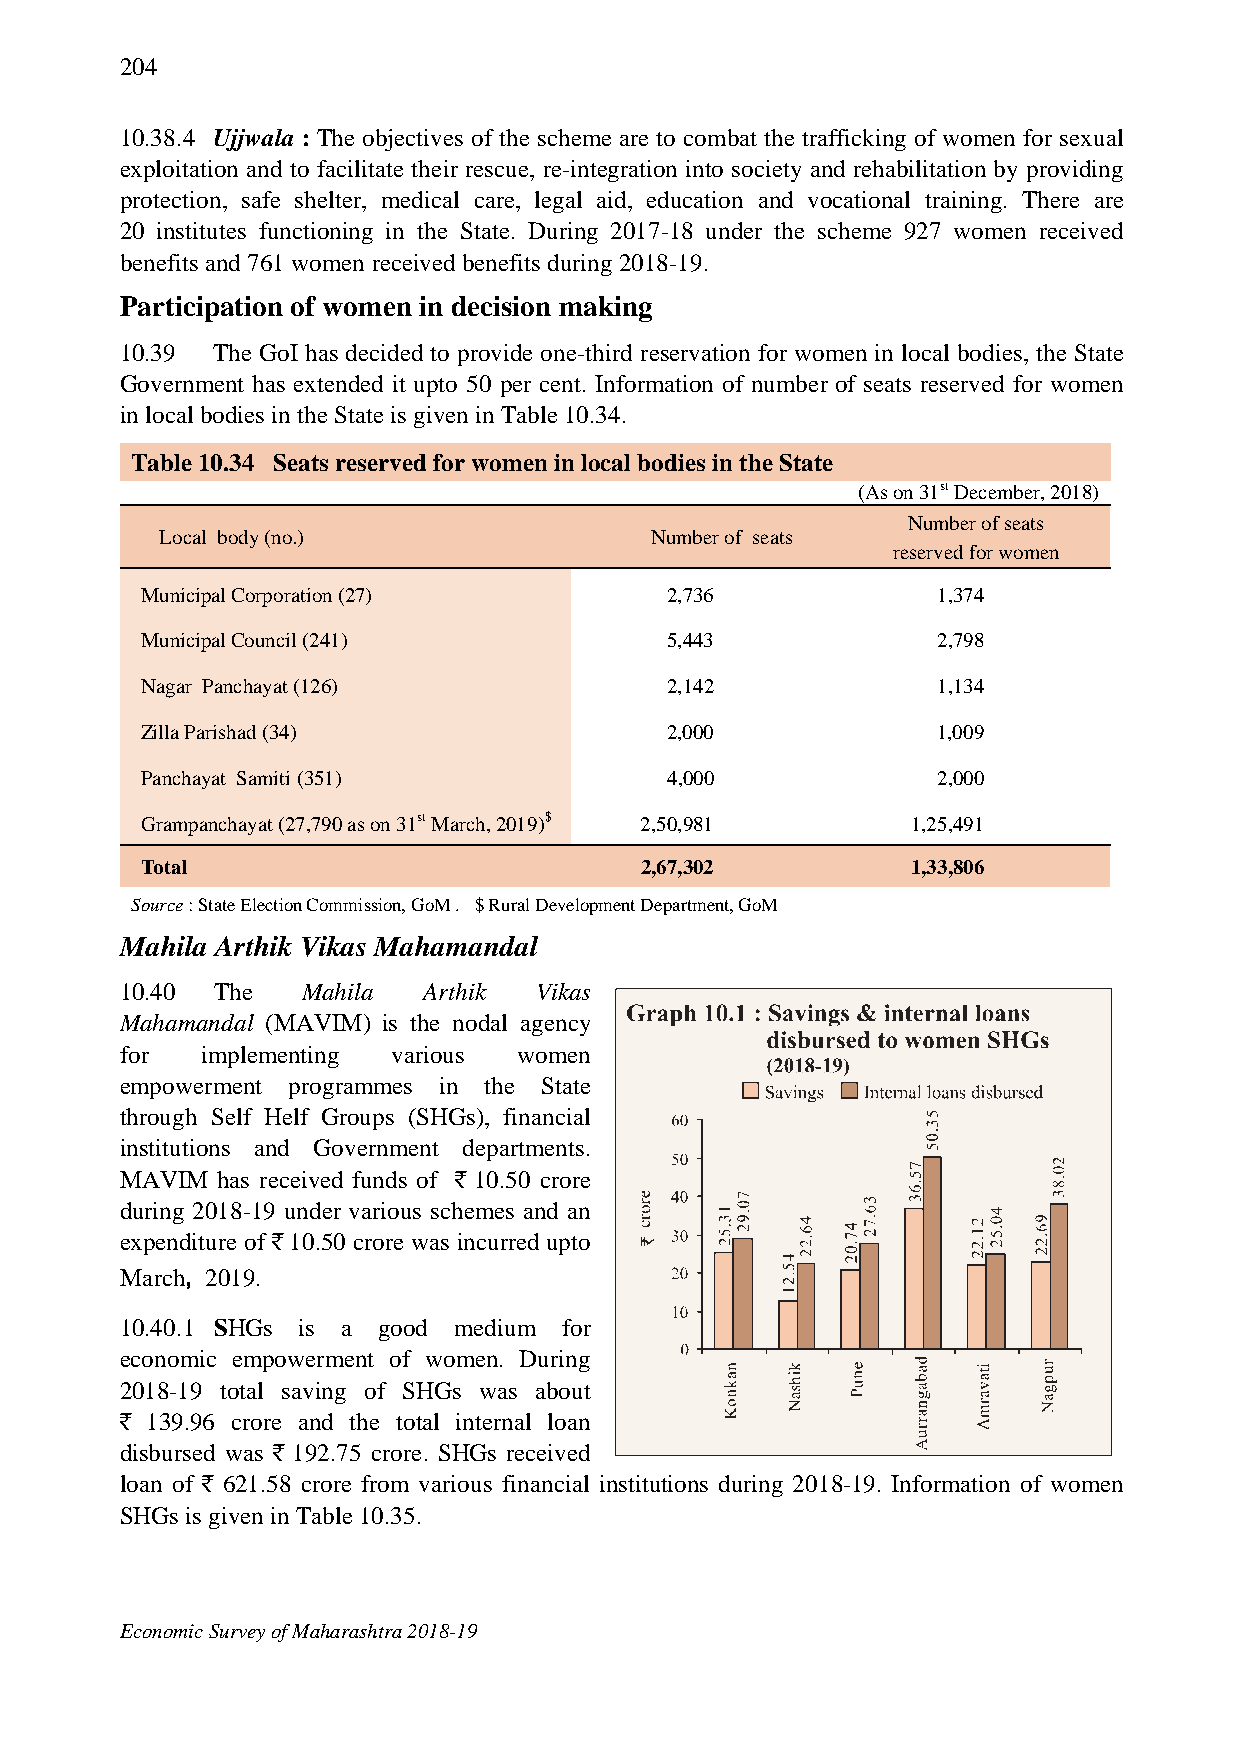
204
 10.38.4 Ujjwala : The objectives of the scheme are to combat the trafficking of women for sexual
 exploitation and to facilitate their rescue, re-integration into society and rehabilitation by providing
 protection, safe shelter, medical care, legal aid, education and vocational training. There are
 20 institutes functioning in the State. During 2017-18 under the scheme 927 women received
 benefits and 761 women received benefits during 2018-19.
 Participation of women in decision making
 10.39 The GoI has decided to provide one-third reservation for women in local bodies, the State
 Government has extended it upto 50 per cent. Information of number of seats reserved for women
 in local bodies in the State is given in Table 10.34.
 Table 10.34 Seats reserved for women in local bodies in the State
 (As on 31st December, 2018)
 Number of seats
 Local body (no.)                Number of seats
 reserved for women
 Municipal Corporation (27)         2,736             1,374
 Municipal Council (241)            5,443             2,798
 Nagar Panchayat (126)              2,142             1,134
 Zilla Parishad (34)                2,000             1,009
 Panchayat Samiti (351)             4,000             2,000
 Grampanchayat (27,790 as on 31st March, 2019)$ 2,50,981 1,25,491
 Total                            2,67,302          1,33,806
 Source : State Election Commission, GoM . $ Rural Development Department, GoM
 Mahila Arthik Vikas Mahamandal
 10.40 The   Mahila  Arthik Vikas
 Mahamandal (MAVIM) is the nodal agency
 for  implementing various women
 empowerment programmes in the State
 through Self Helf Groups (SHGs), financial
 institutions and Government departments.
 MAVIM has received funds of ` 10.50 crore
 during 2018-19 under various schemes and an
 expenditure of ` 10.50 crore was incurred upto
 March, 2019.
 10.40.1 SHGs is a good medium for
 economic empowerment of women. During
 2018-19 total saving of SHGs was about
 ` 139.96 crore and the total internal loan
 disbursed was ` 192.75 crore. SHGs received
 loan of ` 621.58 crore from various financial institutions during 2018-19. Information of women
 SHGs is given in Table 10.35.
 Economic Survey of Maharashtra 2018-19